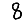
Digit: 8